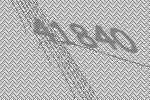
41840